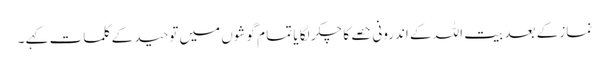
نماز کے بعد بیت اللہ کے اندرونی حصے کا چکر لگا یا تما م گوشوں میں توحید کے کلمات کہے ۔